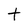
Character: t